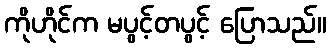
ကိုဟိုင်က မပွင့်တပွင့် ပြောသည်။